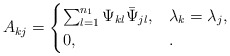
\begin{align*}A_{kj}=\begin{cases}\sum_{l=1}^{n_1}\Psi_{kl}\bar \Psi_{jl},&\lambda_k=\lambda_j,\\0,&.\end{cases}\end{align*}